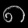
Digit: ၈